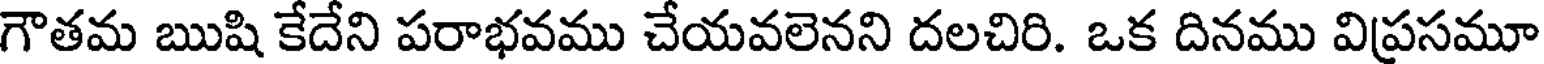
గౌతమ ఋషి కేదేని పరాభవము చేయవలెనని దలచిరి. ఒక దినము విప్రసమూ